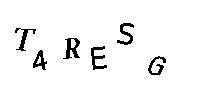
T4RESG